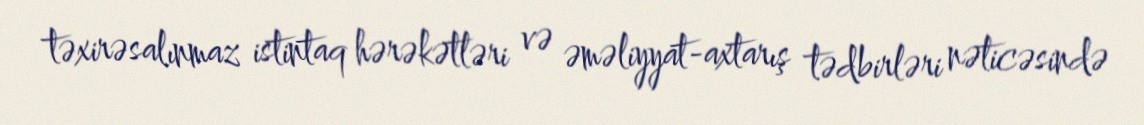
təxirəsalınmaz istintaq hərəkətləri və əməliyyat-axtarış tədbirləri nəticəsində